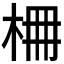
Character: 𣑭